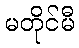
မတိုင်မီ